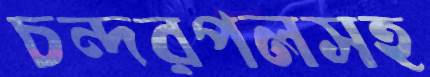
চন্দরপলসহ